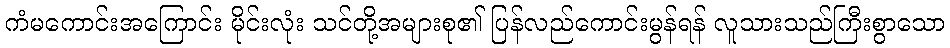
ကံမကောင်းအကြောင်း မိုင်းလုံး သင်တို့အများစု၏ ပြန်လည်ကောင်းမွန်ရန် လူသားသည်ကြီးစွာသော